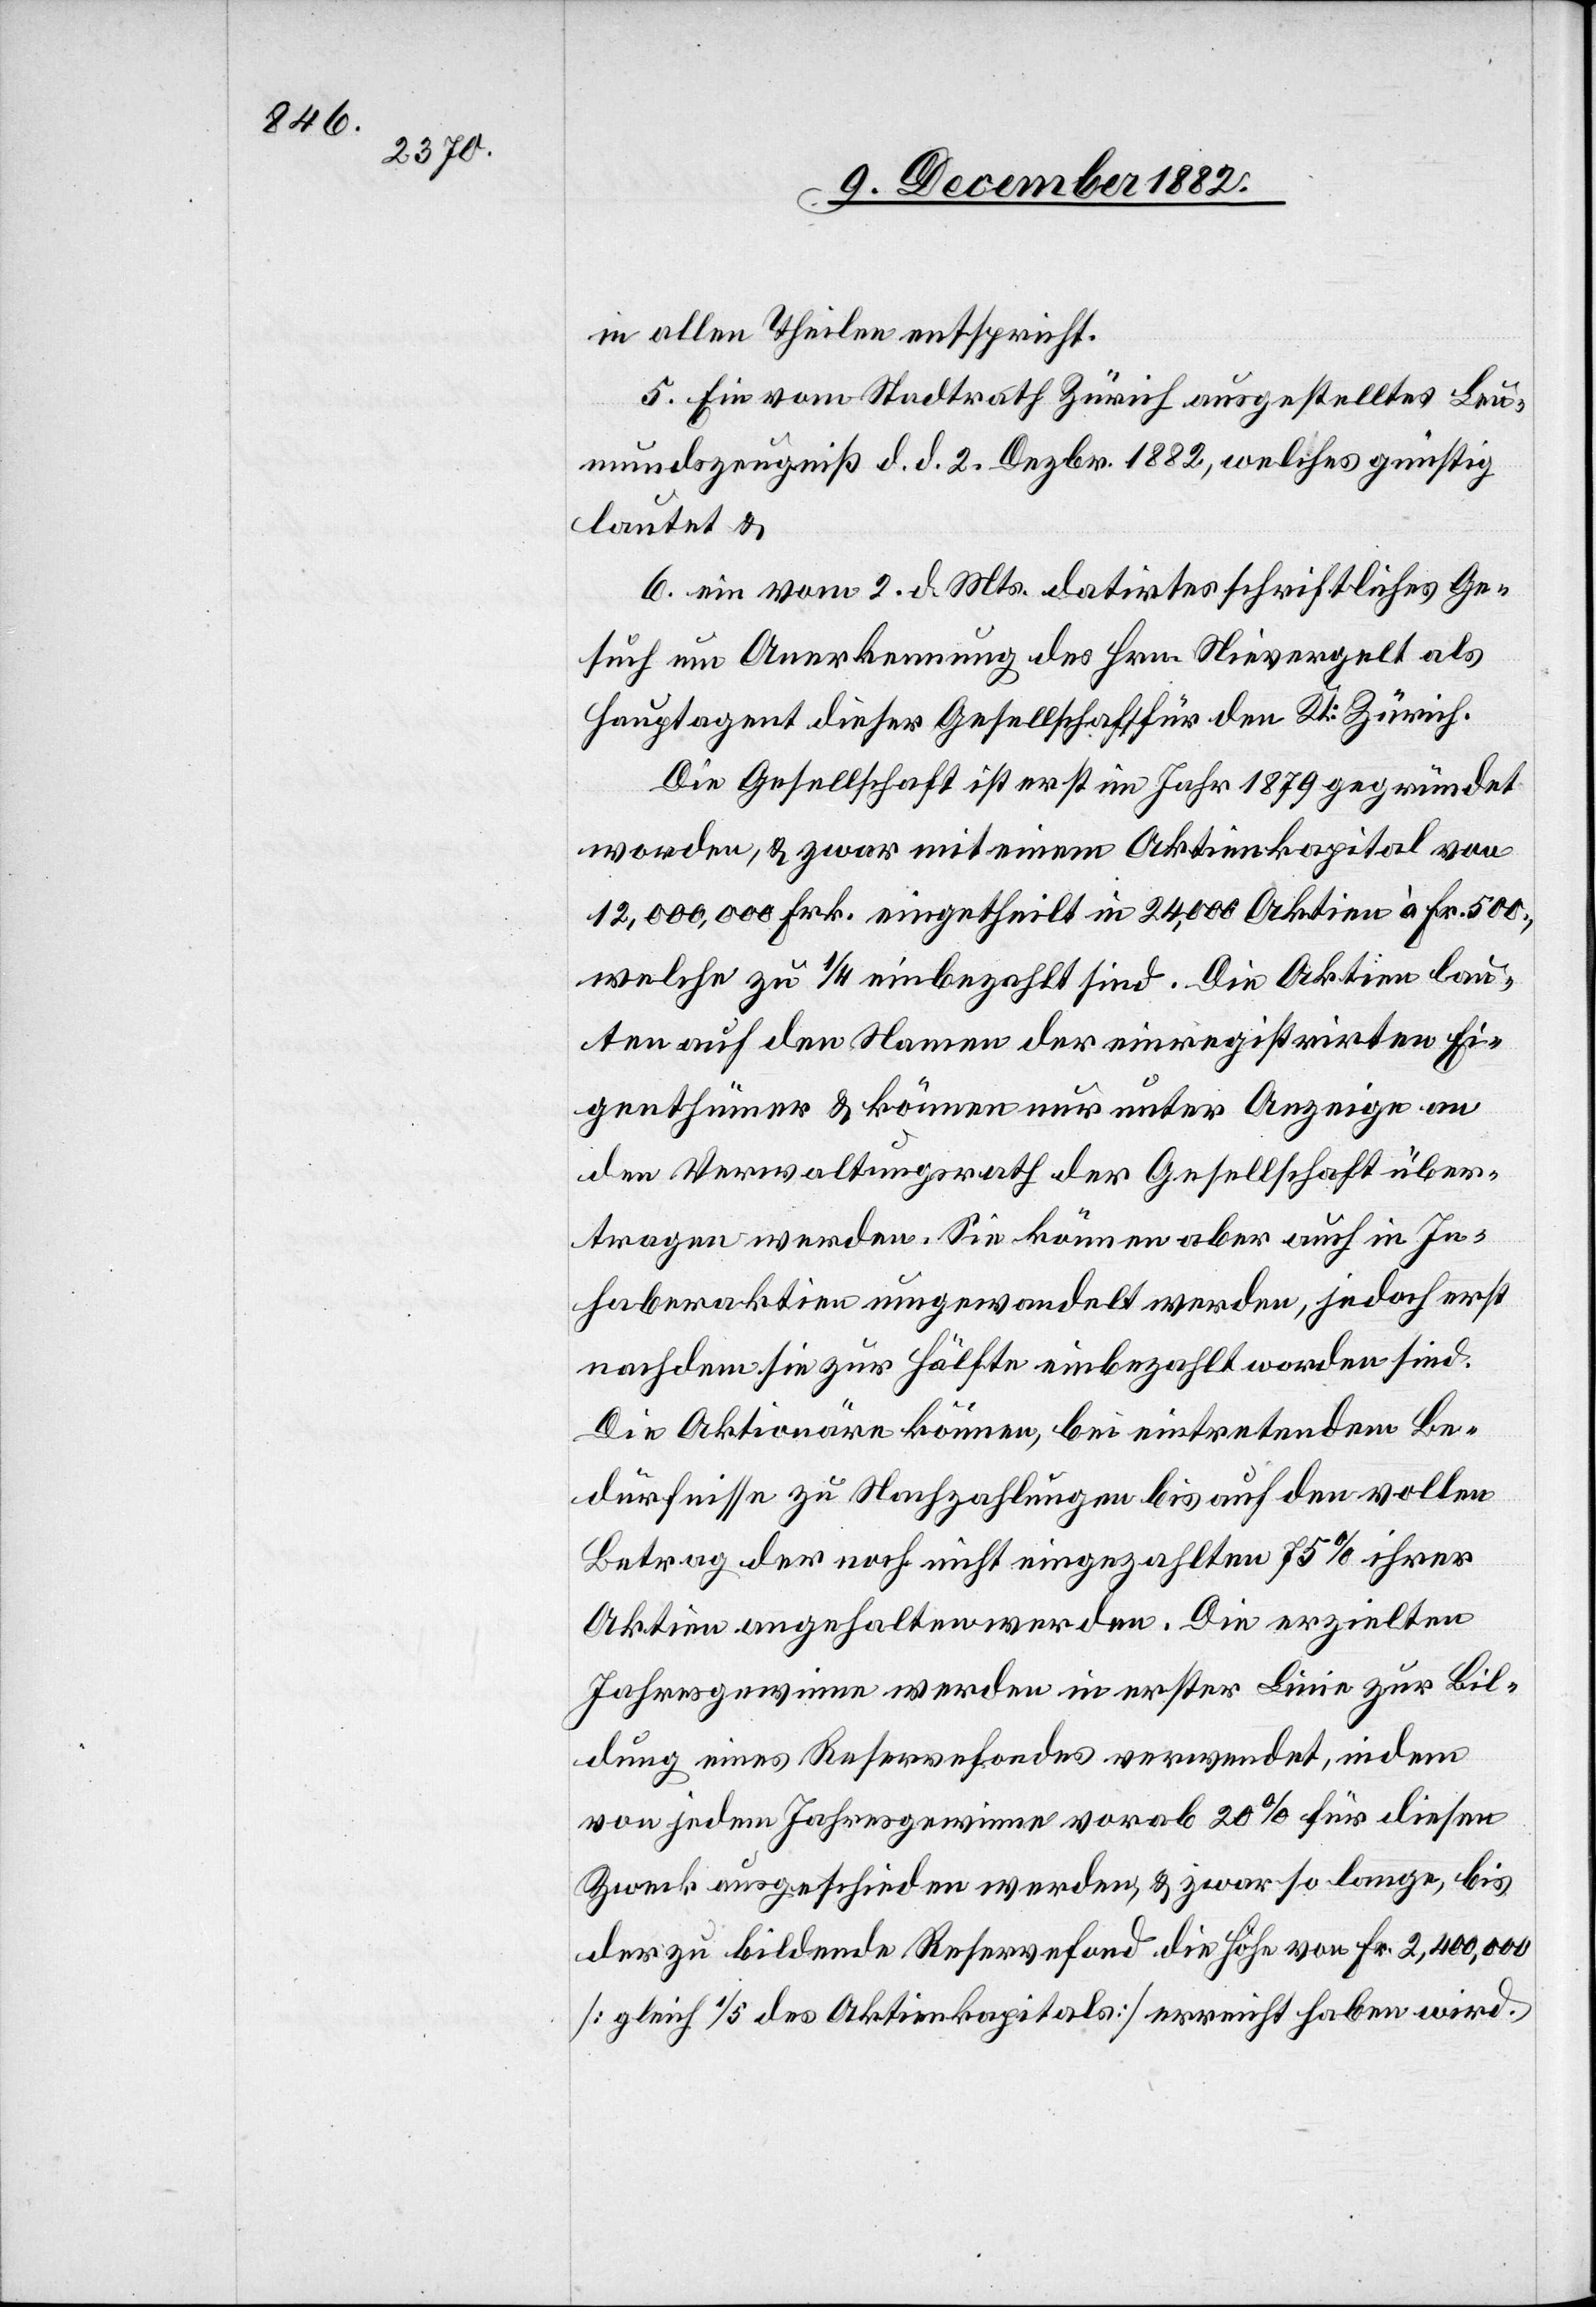
in allen Theilen entspricht.
5. Ein vom Stadtrath Zürich ausgestelltes Leu¬
mundszeugniß d. d. 2. Dezbr. 1882, welches günstig
lautet &
6. ein vom 2. d. Mts. datirtes schriftliches Ge¬
such um Anerkennung des Hrn. Nievergelt als
Hauptagent dieser Gesellschaft für den Kt. Zürich.
Die Gesellschaft ist erst im Jahr 1879 gegründet
worden, & zwar mit einem Aktienkapital von
12,000,000 Frk. eingetheilt in 24,000 Aktien à Fr. 500,
welche zu 1/4 einbezahlt sind. Die Aktien lau¬
ten auf den Namen der einregistrirten Ei¬
genthümer & können nur unter Anzeige an
den Verwaltungsrath der Gesellschaft über¬
tragen werden. Sie können aber auch in In¬
haberaktien umgewandelt werden, jedoch erst
nachdem sie zur Hälfte einbezahlt worden sind.
Die Aktionäre können, bei eintretendem Be¬
dürfnisse zu Nachzahlungen bis auf den vollen
Betrag der noch nicht eingezahlten 75% ihrer
Aktien angehalten werden. Die erzielten
Jahresgewinne werden in erster Linie zur Bil¬
dung eines Reservefondes verwendet, indem
von jedem Jahresgewinne vorab 20% für diesen
Zweck ausgeschieden werden, & zwar so lange, bis
der zu bildende Reservefond die Höhe von Fr. 2,400,000
[gleich 1/5 des Aktienkapitals] erreicht haben wird.